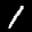
Label: 1